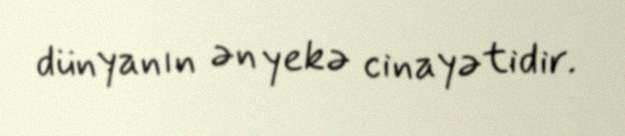
dünyanın ən yekə cinayətidir.